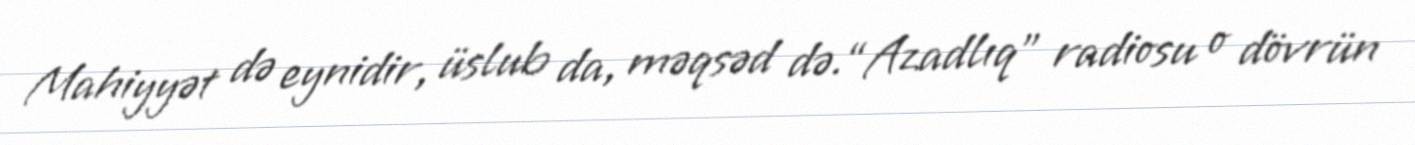
Mahiyyət də eynidir, üslub da, məqsəd də.“Azadlıq” radiosu o dövrün